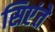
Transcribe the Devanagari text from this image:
सिएंते